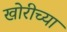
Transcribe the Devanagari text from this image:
खोरीच्या